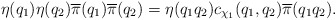
\begin{align*} \eta(q_1) \eta(q_2) \overline{\pi}(q_1) \overline{\pi}(q_2) = \eta(q_1 q_2) c_{\chi_1}(q_1, q_2) \overline{\pi}(q_1 q_2).\end{align*}